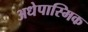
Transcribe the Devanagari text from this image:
अधेपास्मिक